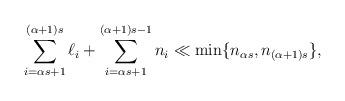
LaTeX: \begin{align*} \sum_{i=\alpha s+1}^{(\alpha+1)s} \ell_i + \sum_{i=\alpha s+1}^{(\alpha+1)s-1} n_i \ll \min \{ n_{\alpha s}, n_{(\alpha+1)s} \},\end{align*}